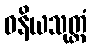
ဓနိယသုတ္တံ